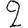
Digit: 2